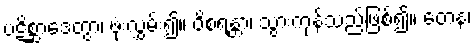
ပဋိစ္ဆာဒေတွာ၊ ဖုံးလွှမ်း၍။ ဝိစရန္တာ၊ သွားကုန်သည်ဖြစ်၍။ တေန၊